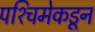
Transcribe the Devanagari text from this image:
पश्‍चिमेकडून